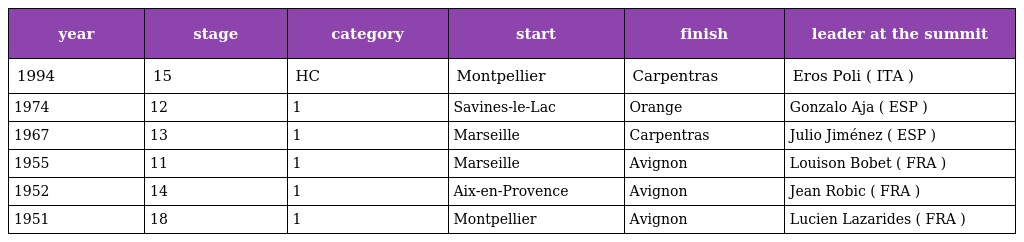
| year | stage | category | start | finish | leader at the summit |
 | --- | --- | --- | --- | --- | --- |
 | 1994 | 15 | HC | Montpellier | Carpentras | Eros Poli ( ITA ) |
 | 1974 | 12 | 1 | Savines-le-Lac | Orange | Gonzalo Aja ( ESP ) |
 | 1967 | 13 | 1 | Marseille | Carpentras | Julio Jiménez ( ESP ) |
 | 1955 | 11 | 1 | Marseille | Avignon | Louison Bobet ( FRA ) |
 | 1952 | 14 | 1 | Aix-en-Provence | Avignon | Jean Robic ( FRA ) |
 | 1951 | 18 | 1 | Montpellier | Avignon | Lucien Lazarides ( FRA ) |